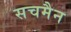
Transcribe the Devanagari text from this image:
सचमैन